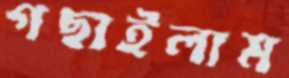
গছাইলাম